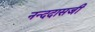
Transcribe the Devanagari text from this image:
नन्ददासजी